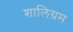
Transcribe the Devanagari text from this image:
शालिग्रम